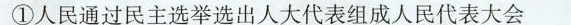
①人民通过民主选举选出人大代表组成人民代表大会